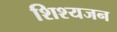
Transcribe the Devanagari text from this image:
शिश्यजन